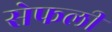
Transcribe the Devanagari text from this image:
सेफली